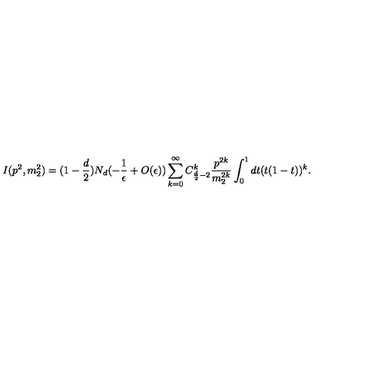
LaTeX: I ( p ^ { 2 } , m _ { 2 } ^ { 2 } ) = ( 1 - \frac { d } { 2 } ) N _ { d } ( - \frac { 1 } { \epsilon } + O ( \epsilon ) ) \sum _ { k = 0 } ^ { \infty } C _ { \frac { d } { 2 } - 2 } ^ { k } \frac { p ^ { 2 k } } { m _ { 2 } ^ { 2 k } } \int _ { 0 } ^ { 1 } d t ( t ( 1 - t ) ) ^ { k } .